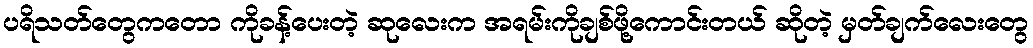
ပရိသတ်တွေကတော ကိုခန့်ပေးတဲ့ ဆုလေးက အရမ်းကိုချစ်ဖို့ကောင်းတယ် ဆိုတဲ့ မှတ်ချက်လေးတွေ